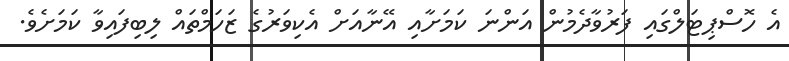
އެ ހޮސްޕިޓަލްގައި ފަރުވާދެމުން އަންނަ ކަމަށާއި އޭނާއަށް އެކިވަރުގެ ޒަހަމްތައް ލިބިފައިވާ ކަމަށެވެ.